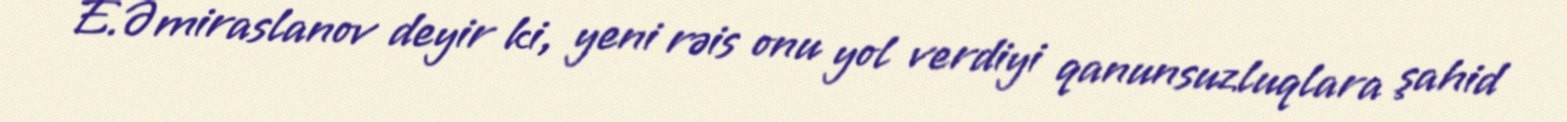
E.Əmiraslanov deyir ki, yeni rəis onu yol verdiyi qanunsuzluqlara şahid